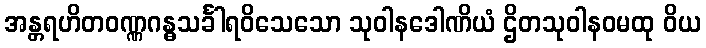
အန္တရဟိတဝဏ္ဏဂန္ဓသင်္ခါရဝိသေသော သုဝါနဒေါဏိယံ ဌိတသုဝါနဝမထု ဝိယ